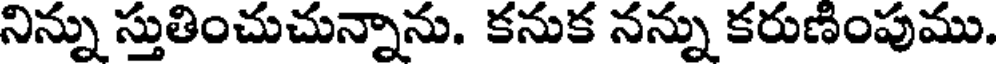
నిన్ను స్తుతించుచున్నాను. కనుక నన్ను కరుణింపుము.